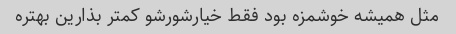
مثل همیشه خوشمزه بود فقط خیارشورشو کمتر بذارین بهتره